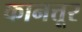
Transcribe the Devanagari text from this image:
कानत्तूर